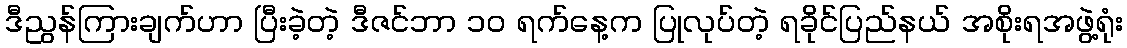
ဒီညွန်ကြားချက်ဟာ ပြီးခဲ့တဲ့ ဒီဇင်ဘာ ၁၀ ရက်နေ့က ပြုလုပ်တဲ့ ရခိုင်ပြည်နယ် အစိုးရအဖွဲ့ရုံး